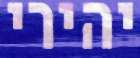
יהירי